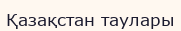
Қазақстан таулары